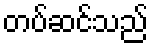
တပ်ဆင်သည်